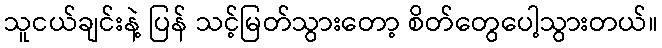
သူငယ်ချင်းနဲ့ ပြန် သင့်မြတ်သွားတော့ စိတ်တွေပေါ့သွားတယ်။